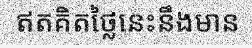
ឥតគិតថ្លៃនេះនឹងមាន